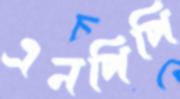
এনপিপি